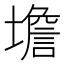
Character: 㙴